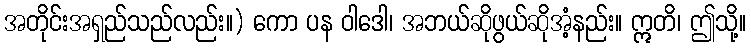
အတိုင်းအရှည်သည်လည်း။) ကော ပန ဝါဒေါ၊ အဘယ်ဆိုဖွယ်ဆိုအံ့နည်း။ ဣတိ၊ ဤသို့။